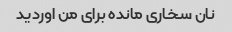
نان سخاری مانده برای من اوردید